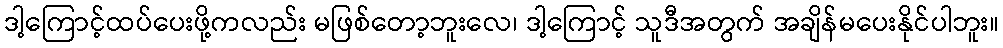
ဒါ့ကြောင့်ထပ်ပေးဖို့ကလည်း မဖြစ်တော့ဘူးလေ၊ ဒါ့ကြောင့် သူဒီအတွက် အချိန်မပေးနိုင်ပါဘူး။